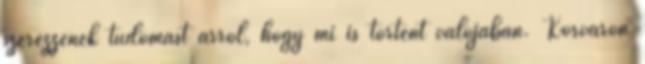
szerezzenek tudomást arról, hogy mi is történt valójában. Körváron